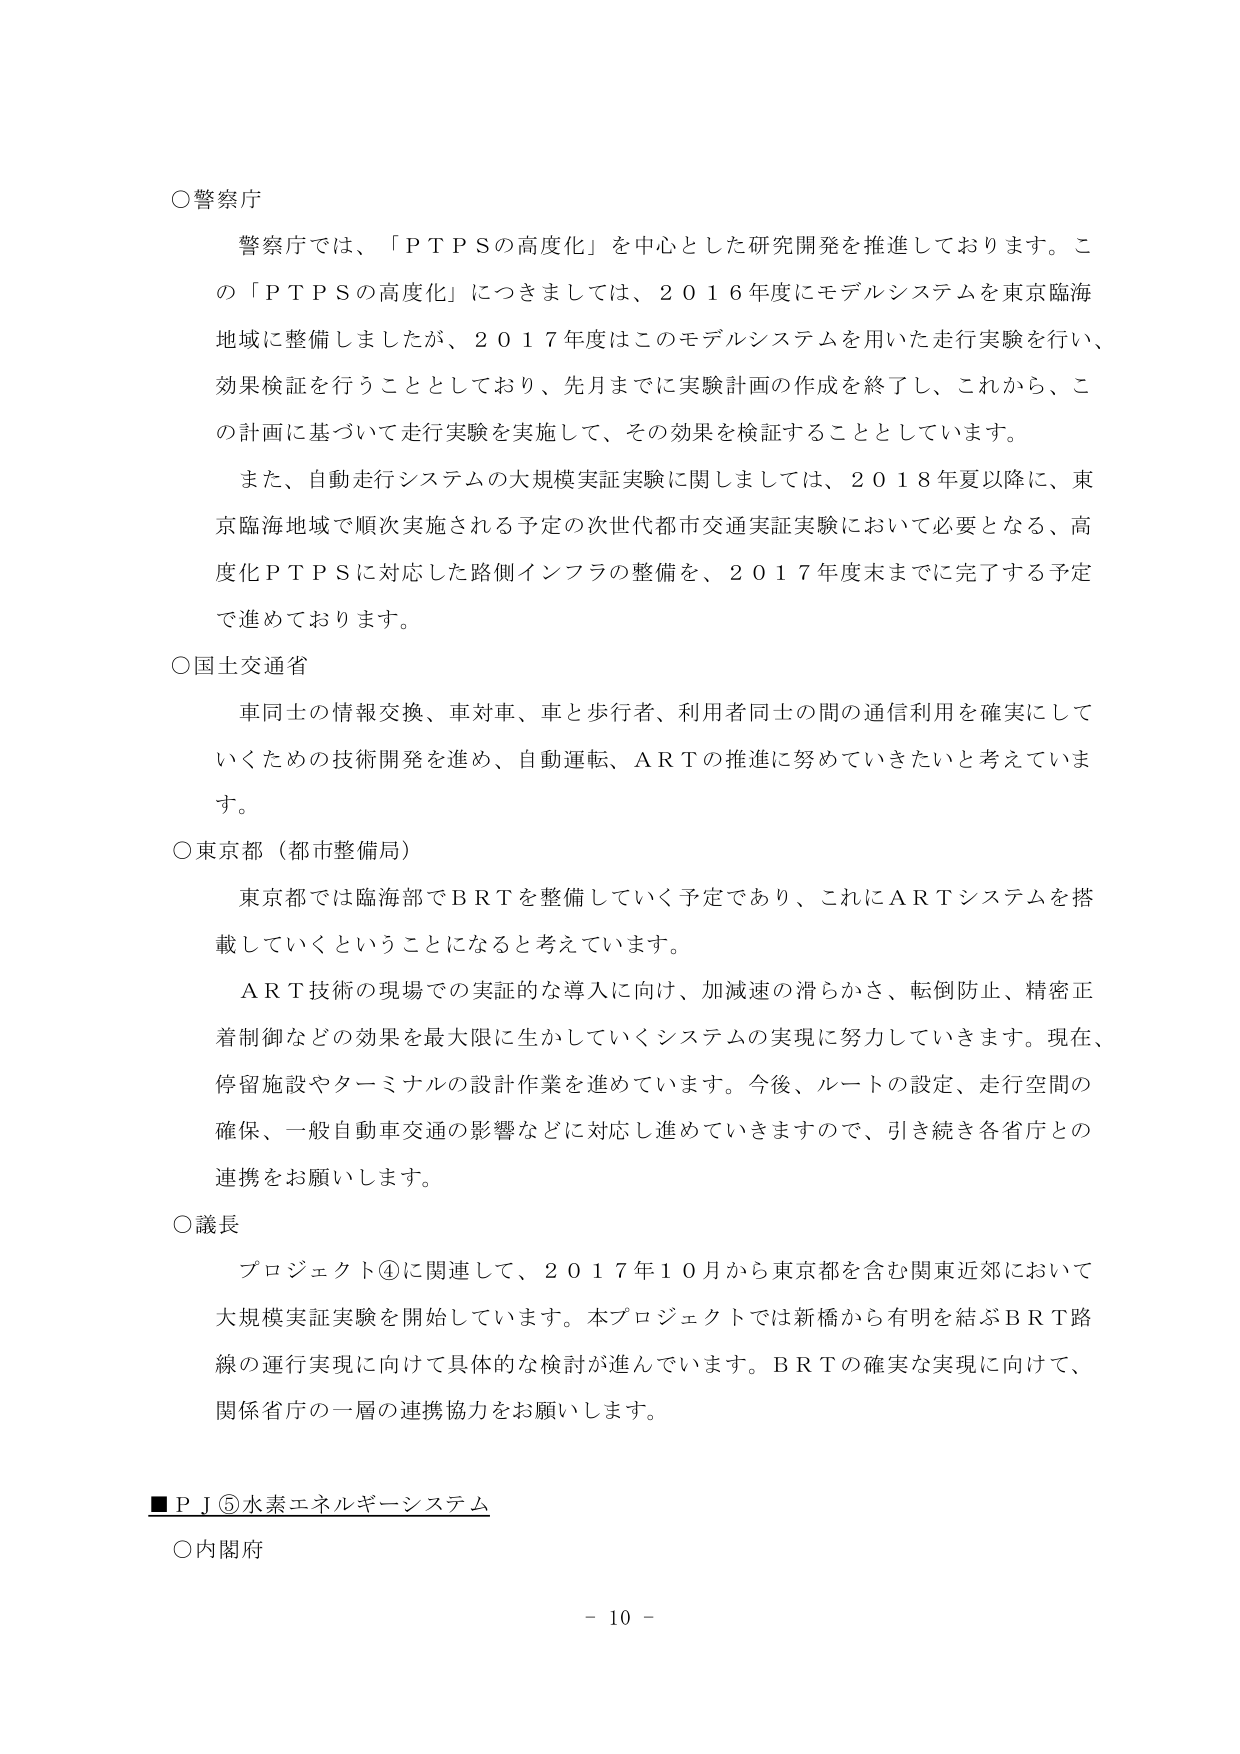
○警察庁
警察庁では、「ＰＴＰＳの高度化」を中心とした研究開発を推進しております。この「ＰＴＰＳの高度化」につきましては、２０１６年度にモデルシステムを東京臨海地域に整備しましたが、２０１７年度はこのモデルシステムを用いた走行実験を行い、効果検証を行うこととしており、先月までに実験計画の作成を終了し、これから、この計画に基づいて走行実験を実施して、その効果を検証することとしています。
また、自動走行システムの大規模実証実験に関しましては、２０１８年夏以降に、東京臨海地域で順次実施される予定の次世代都市交通実証実験において必要となる、高度化ＰＴＰＳに対応した路側インフラの整備を、２０１７年度末までに完了する予定で進めております。

○国土交通省
車同士の情報交換、車対車、車と歩行者、利用者同士の間の通信利用を確実にしていくための技術開発を進め、自動運転、ＡＲＴの推進に努めていきたいと考えています。

○東京都（都市整備局）
東京都では臨海部でＢＲＴを整備していく予定であり、これにＡＲＴシステムを搭載していくことになると考えています。
ＡＲＴ技術の現場での実証的な導入に向け、加減速の滑らかさ、転倒防止、精密正着制御などの効果を最大限に生かしていくシステムの実現に努力していきます。現在、停留施設やターミナルの設計作業を進めています。今後、ルートの設定、走行空間の確保、一般自動車交通の影響などに対応し進めていきますので、引き続き各省庁との連携をお願いします。

○議長
プロジェクト④に関連して、２０１７年１０月から東京都を含む関東近郊において大規模実証実験を開始しています。本プロジェクトでは新橋から有明を結ぶＢＲＴ路線の運行実現に向けて具体的な検討が進んでいます。ＢＲＴの確実な実現に向けて、関係省庁の一層の連携協力をお願いします。

■ＰＪ⑤水素エネルギーシステム
○内閣府

－ 10 －